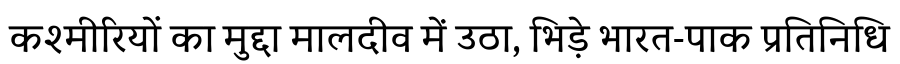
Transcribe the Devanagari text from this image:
कश्मीरियों का मुद्दा मालदीव में उठा, भिड़े भारत-पाक प्रतिनिधि